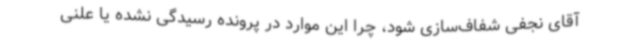
آقای نجفی شفاف‌سازی شود، چرا این موارد در پرونده رسیدگی نشده یا علنی